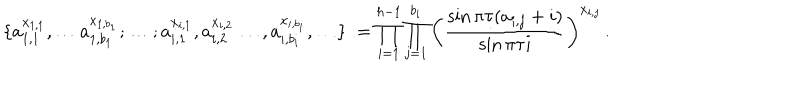
\{ a _ { 1 , 1 } ^ { x _ { 1 , 1 } } , \ldots a _ { 1 , b _ { 1 } } ^ { x _ { 1 , b _ { 1 } } } ; \ldots ; a _ { i , 1 } ^ { x _ { i , 1 } } , a _ { i , 2 } ^ { x _ { i , 2 } } \ldots , a _ { i , b _ { i } } ^ { x _ { i , b _ { i } } } , \ldots \} : = \prod _ { i = 1 } ^ { h - 1 } \prod _ { j = 1 } ^ { b _ { i } } \left( \frac { \sin \pi \tau ( a _ { i , j } + i ) } { \sin \pi \tau i } \right) ^ { x _ { i , j } } \, .